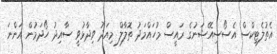
އެތުލެޓިކްސް އެސޯސިއޭޝަނުގެ ރައީސް މުހައްމަދު ތޮލާލް މިއަދު ވިދާޅުވީ ސާއިދު ހޯދަމުން އަންނަ